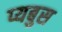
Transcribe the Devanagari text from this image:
प्यबुस